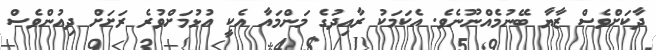
ދާކަށްވެސް ޒާޔާ ބޭނުމެއްނޫނެވެ. އެކަމަކު ރާއިދުގެ މަންމައާ އެކީ އުޅުމަށްވުރެ ރަށަށް ދިއުންވެސް